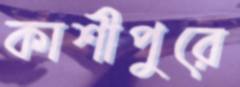
কাশীপুরে